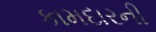
કામદારની